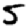
Digit: 5